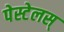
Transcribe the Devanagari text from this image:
पेस्टेलस्